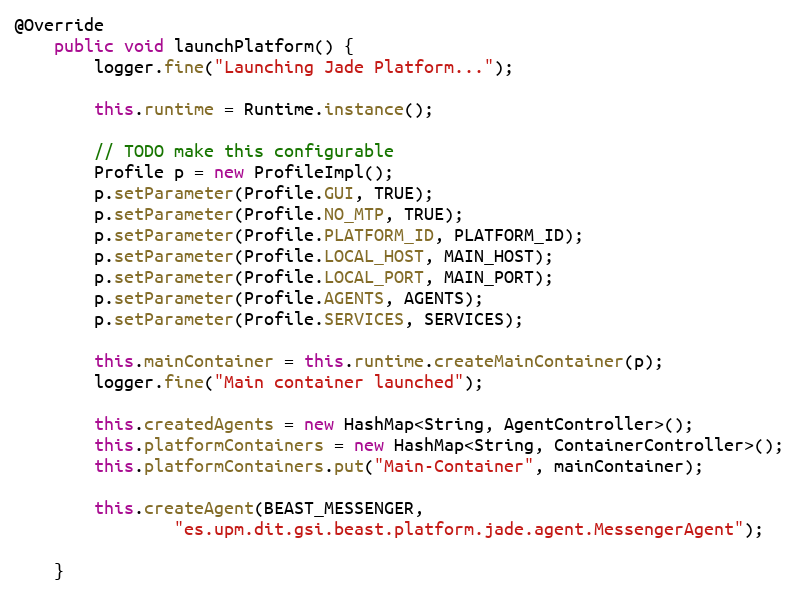
Language: Java
@Override
    public void launchPlatform() {
        logger.fine("Launching Jade Platform...");

        this.runtime = Runtime.instance();

        // TODO make this configurable
        Profile p = new ProfileImpl();
        p.setParameter(Profile.GUI, TRUE);
        p.setParameter(Profile.NO_MTP, TRUE);
        p.setParameter(Profile.PLATFORM_ID, PLATFORM_ID);
        p.setParameter(Profile.LOCAL_HOST, MAIN_HOST);
        p.setParameter(Profile.LOCAL_PORT, MAIN_PORT);
        p.setParameter(Profile.AGENTS, AGENTS);
        p.setParameter(Profile.SERVICES, SERVICES);

        this.mainContainer = this.runtime.createMainContainer(p);
        logger.fine("Main container launched");

        this.createdAgents = new HashMap<String, AgentController>();
        this.platformContainers = new HashMap<String, ContainerController>();
        this.platformContainers.put("Main-Container", mainContainer);

        this.createAgent(BEAST_MESSENGER,
                "es.upm.dit.gsi.beast.platform.jade.agent.MessengerAgent");

    }